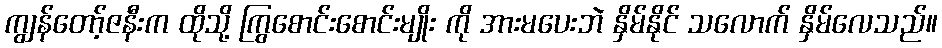
ကျွန်တော့်ဇနီးက ထိုသို့ ကြွစောင်းစောင်းမျိုး ကို အားမပေးဘဲ နှိမ်နိုင် သလောက် နှိမ်လေသည်။